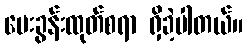
မေးခွန်းထုတ်စရာ ရှိခဲ့ပါတယ်။